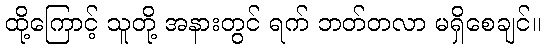
ထို့ကြောင့် သူတို့ အနားတွင် ရက် ဘတ်တလာ မရှိစေချင်။